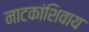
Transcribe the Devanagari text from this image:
नाटकांशिवाय